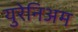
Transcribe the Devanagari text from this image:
युरेनिअम